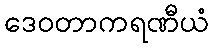
ဒေဝတာကရဏီယံ